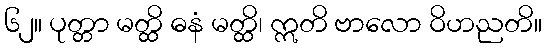
၆၂။ ပုတ္တာ မတ္ထိ ဓနံ မတ္ထိ၊ ဣတိ ဗာလော ဝိဟညတိ။